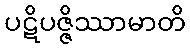
ပဋိပဇ္ဇိဿာမာတိ